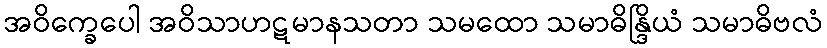
အဝိက္ခေပေါ အဝိသာဟဋမာနသတာ သမထော သမာဓိန္ဒြိယံ သမာဓိဗလံ